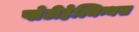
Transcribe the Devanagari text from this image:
प्लेटीहेल्मिन्थस